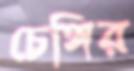
চেঙ্গির